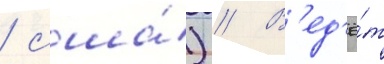
/ сша́) // В'ед'ё́т